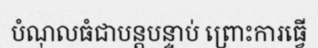
បំណុលធំជាបន្តបន្ទាប់ ព្រោះការធ្វើ